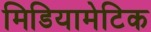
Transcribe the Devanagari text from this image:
मिडियामेटिक